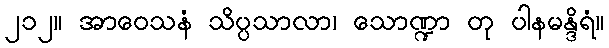
၂၁၂။ အာဝေသနံ သိပ္ပသာလာ၊ သောဏ္ဍာ တု ပါနမန္ဒိရံ။